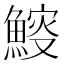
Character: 𩹔